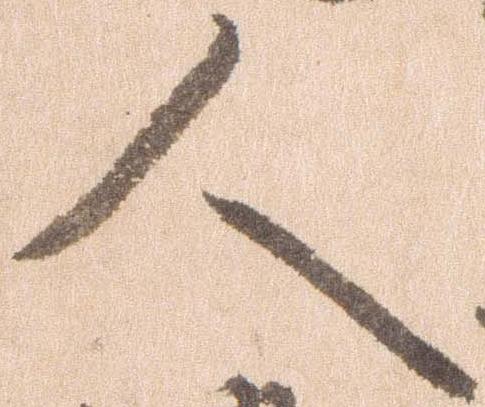
人